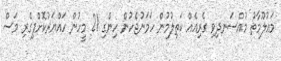
މައުލޫމާތު މުއްސަނދިވި ގެރިއެއް ކަތިލުމުން ހަމަނުޖެހުން ހިންގި 21 މީހުން ހައްޔަރުކޮށްފިގެރި މަސް